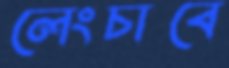
লেংচাবে